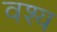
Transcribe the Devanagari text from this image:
वश्य